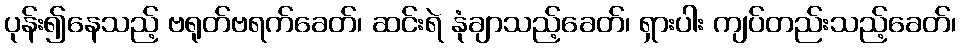
ပုန်း၍နေသည့် ဗရုတ်ဗရက်ခေတ်၊ ဆင်းရဲ နုံချာသည့်ခေတ်၊ ရှားပါး ကျပ်တည်းသည့်ခေတ်၊